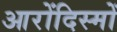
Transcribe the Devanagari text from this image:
आरोंदिस्मों